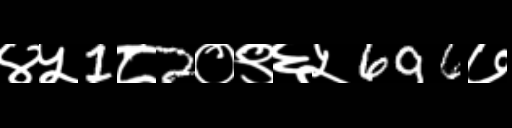
Text: ४५1८2०९६५696७